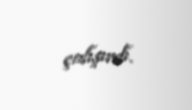
çalışırdı.